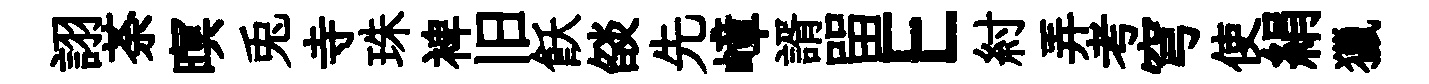
詡荼暝兎寺珠裨旧飫燄先嶂諝㽞E紂弄考穹使絹獵